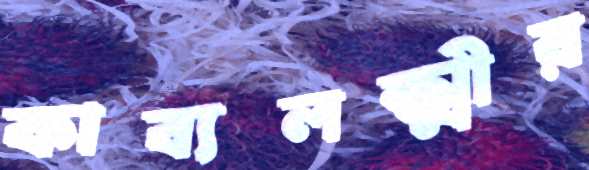
কাব্যলক্ষ্মীর